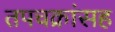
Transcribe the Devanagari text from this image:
तपचक्रांसह